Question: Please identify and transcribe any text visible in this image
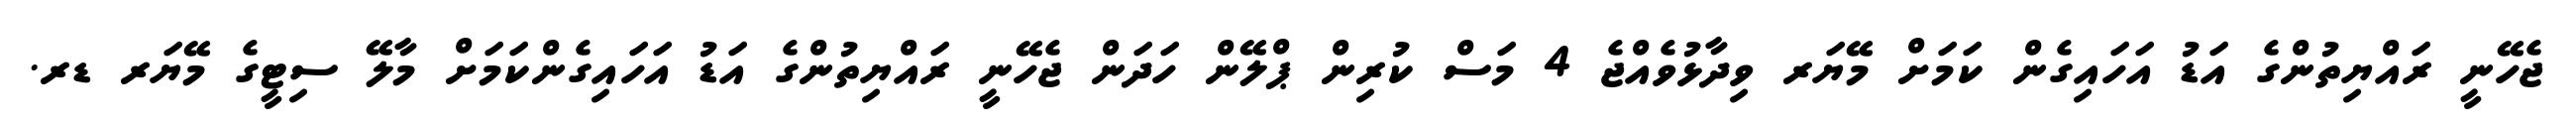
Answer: ޖެހޭނީ ރައްޔިތުންގެ އަޑު އަހައިގެން ކަމަށް މޭޔަރ ވިދާޅުވެއްޖެ 4 މަސް ކުރިން ޕްލޭން ހަދަން ޖެހޭނީ ރައްޔިތުންގެ އަޑު އަހައިގެންކަމަށް މާލޭ ސިޓީގެ މޭޔަރ ޑރ.